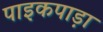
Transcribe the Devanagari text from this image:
पाइकपाड़ा